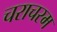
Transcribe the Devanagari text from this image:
चराचरम